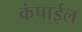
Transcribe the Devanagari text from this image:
कंपाईल